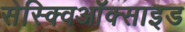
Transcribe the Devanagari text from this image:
सेस्क्विऑक्साइड